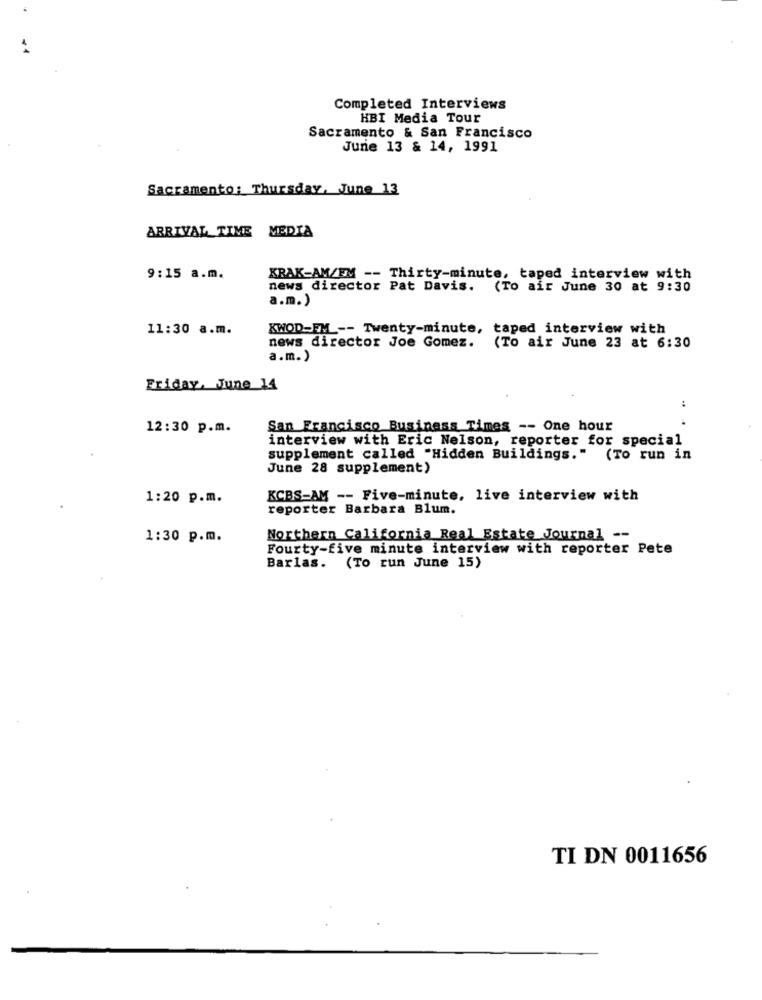
Completed Interviews
HBI Media Tour
Sacramento & San Francisco
June 13 & 14, 1991
Sacramento: Thursday, June 13
ARRIVAL TIME MEDIA
9:15 a.m.
KRAK-AM/FM -- Thirty-minute, taped interview with
news director Pat Davis. (To air June 30 at 9:30
a.m.)
11:30 a.m.
KWOD-EM -- Twenty-minute, taped interview with
news director Joe Gomez. (To air June 23 at 6:30
a.m. )
Friday, June 14
:
12:30 p.m.
San Francisco Business Times -- One hour
interview with Eric Nelson, reporter for special
supplement called "Hidden Buildings." (To run in
June 28 supplement)
1:20 p.m.
KCBS-AM -- Five-minute, live interview with
reporter Barbara Blum.
1:30 p.m.
Northern California Real Estate Journal --
Fourty-five minute interview with reporter Pete
Barlas. (To run June 15)
TI DN 0011656